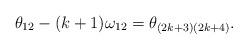
LaTeX: \begin{align*}\theta_{12}-(k+1)\omega_{12}=\theta_{(2k+3)(2k+4)}.\end{align*}